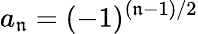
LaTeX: a_{\mathfrak{n}}=(-1)^{(\mathfrak{n}-1)/2}